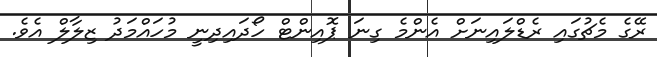
ރޭގެ މެޗުގައި ރެޑްލައިނަށް އެންމެ ގިނަ ޕޮއިންޓް ހޯދައިދިނީ މުހައްމަދު ޒިލާލް އެވެ.